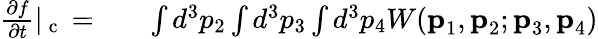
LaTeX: \begin{array}{rlr}{\frac{\partial f}{\partial t}|_{\mathrm{~c~}}=}&{{}}&{\int d^{3}p_{2}\int d^{3}p_{3}\int d^{3}p_{4}W(\textbf{p}_{1},\textbf{p}_{2};\textbf{p}_{3},\textbf{p}_{4})}\end{array}